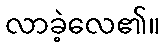
လာခဲ့လေ၏။